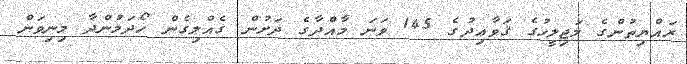
ރައްޔިތުންގެ މަޖިލީހުގެ ޤަވާޢިދުގެ 145 ވަނަ މާއްދާގެ ދަށުން ގެއްލިގެން ހޯދަމުންދާ މިނިވަން